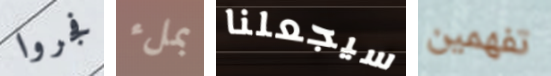
فجروا بملء سيجعلنا تفهمين